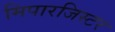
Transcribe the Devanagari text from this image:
मिपारजिस्टर